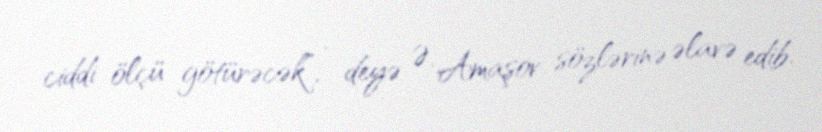
ciddi ölçü götürəcək”, - deyə Ə. Amaşov sözlərinə əlavə edib.